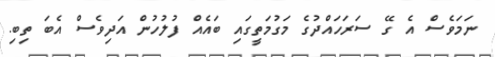
ނަމަވެސް އެ ގޭ ސަރަހައްދުގެ މަގުމަތީގައި ބައެއް ފުލުހުން އަދިވެސް އެބަ ތިބި.